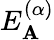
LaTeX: E_{\mathbf{A}}^{(\alpha)}